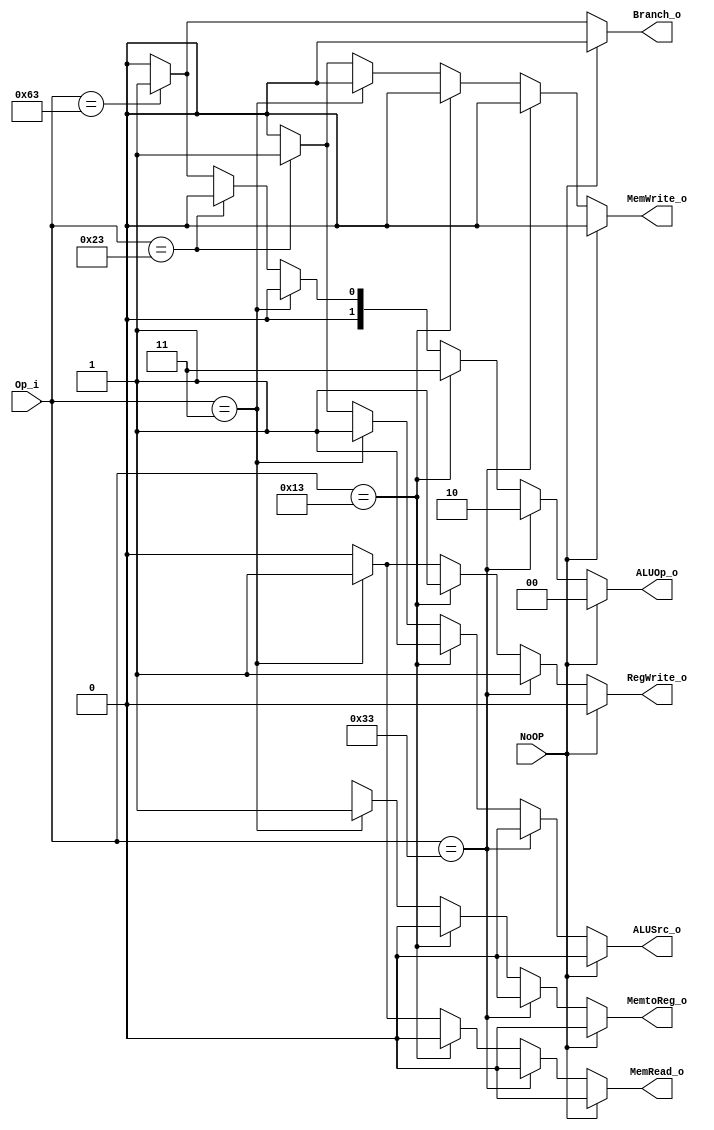
`define R_type 7'b0110011
`define I_type 7'b0010011
`define lw_op  7'b0000011
`define sw_op  7'b0100011
`define beq_op 7'b1100011
module Control
(
    Op_i,
    NoOP,
    RegWrite_o,
    MemtoReg_o,
    MemRead_o,
    MemWrite_o,
    ALUOp_o,
    ALUSrc_o,
    Branch_o
);

// Ports
input   [6:0] Op_i;
input 		  NoOP;
output  [1:0] ALUOp_o;
output        RegWrite_o, MemtoReg_o, MemRead_o, MemWrite_o,
			  ALUSrc_o, Branch_o;

assign RegWrite_o = (NoOP == 1) ? 0 :
					(Op_i == `R_type) ? 1'b1 : 
				  	(Op_i == `I_type) ? 1'b1 :
				  	(Op_i == `lw_op) ? 1'b1 :
				  	(Op_i == `sw_op) ? 1'b0 :
				  	(Op_i == `beq_op) ? 1'b0 :
				 	1'b0;

assign MemtoReg_o = (NoOP == 1) ? 0 :
					(Op_i == `R_type) ? 1'b0 : 
				  	(Op_i == `I_type) ? 1'b0 :
				  	(Op_i == `lw_op) ? 1'b1 :
				  	(Op_i == `sw_op) ? 1'bX :
				  	(Op_i == `beq_op) ? 1'bX :
				 	1'bx;

assign MemRead_o =  (NoOP == 1) ? 0 :
					(Op_i == `R_type) ? 1'b0 : 
					(Op_i == `I_type) ? 1'b0 :
				  	(Op_i == `lw_op) ? 1'b1 :
				  	(Op_i == `sw_op) ? 1'b0 :
				  	(Op_i == `beq_op) ? 1'b0 :
				 	1'b0;

assign MemWrite_o = (NoOP == 1) ? 0 :
					(Op_i == `R_type) ? 1'b0 : 
				  	(Op_i == `I_type) ? 1'b0 :
				  	(Op_i == `lw_op) ? 1'b0 :
				  	(Op_i == `sw_op) ? 1'b1 :
				  	(Op_i == `beq_op) ? 1'b0 :
				 	1'b0;

assign ALUOp_o = 	(NoOP == 1) ? 0 :
					(Op_i == `R_type) ? 2'b10 : 
				 	(Op_i == `I_type) ? 2'b11 :
				 	(Op_i == `lw_op) ? 2'b00 :
				 	(Op_i == `sw_op) ? 2'b00 :
				 	(Op_i == `beq_op) ? 2'b01:
				 	2'b00;

assign ALUSrc_o = 	(NoOP == 1) ? 0 :
					(Op_i == `R_type) ? 1'b0 : 
				  	(Op_i == `I_type) ? 1'b1 :
				  	(Op_i == `lw_op) ? 1'b1 :
				  	(Op_i == `sw_op) ? 1'b1 :
				  	(Op_i == `beq_op) ? 1'b0 :
				 	1'b0;

assign Branch_o =   (NoOP == 1) ? 0 :
					(Op_i == `beq_op) ? 1'b1 : 1'b0;

endmodule